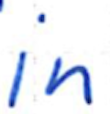
Text: in
Cross-out: clean
Writing tool: ballpoint